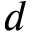
d